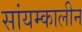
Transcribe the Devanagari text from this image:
सांयम्कालीन